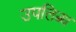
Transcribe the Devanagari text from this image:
उपलिब्ध